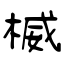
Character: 楲